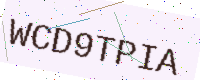
Text: WCD9TPIA